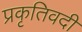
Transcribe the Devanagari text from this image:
प्रकृतिवदी